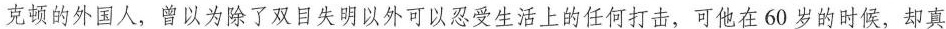
克顿的外国人，曾以为除了双目失明以外可以忍受生活上的任何打击，可他在60岁的时候，却真